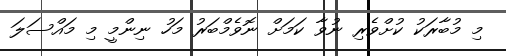
މި މުބާރަކު ކުށްވެރި ނުވާ ކަމަށް ނޮވެމްބަރު މަހު ނިންމީ މި މައްސަލަ